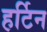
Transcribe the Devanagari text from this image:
हर्टिन